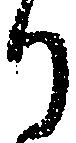
り